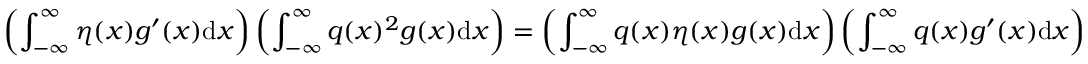
\left( \int _ { - \infty } ^ { \infty } \eta ( x ) g ^ { \prime } ( x ) \mathrm { d } x \right) \left( \int _ { - \infty } ^ { \infty } q ( x ) ^ { 2 } g ( x ) \mathrm { d } x \right) = \left( \int _ { - \infty } ^ { \infty } q ( x ) \eta ( x ) g ( x ) \mathrm { d } x \right) \left( \int _ { - \infty } ^ { \infty } q ( x ) g ^ { \prime } ( x ) \mathrm { d } x \right)